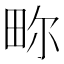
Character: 𬏂